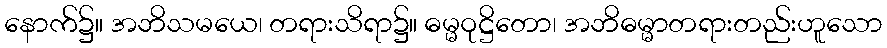
နောက်၌။ အဘိသမယေ၊ တရားသိရာ၌။ ဓမ္မဝုဋ္ဌိတော၊ အဘိဓမ္မာတရားတည်းဟူသော